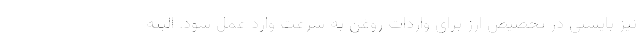
نیز بایستی در تخصیص ارز برای واردات روغن به سرعت وارد عمل شود. البته